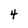
Character: 4